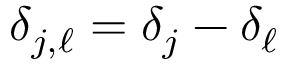
\delta _ { j , \ell } = \delta _ { j } - \delta _ { \ell }